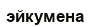
эйкумена